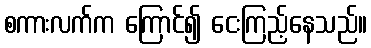
စကားလက်က ကြောင်၍ ငေးကြည့်နေသည်။